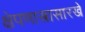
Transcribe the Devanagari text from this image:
क्षेपणास्त्रासारखे